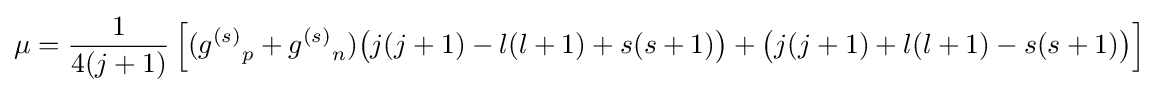
\mu ={\frac {1}{4(j+1)}}\left[({g^{(s)}}_{p}+{g^{(s)}}_{n}){\big (}j(j+1)-l(l+1)+s(s+1){\big )}+{\big (}j(j+1)+l(l+1)-s(s+1){\big )}\right]